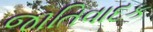
જાતિવાદક